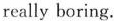
really boring.